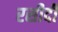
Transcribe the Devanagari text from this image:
रसीदी